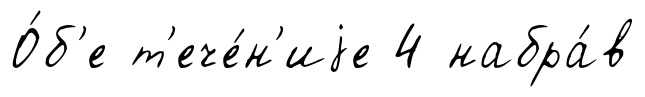
О́б'е т'ече́н'иjе 4 набра́в